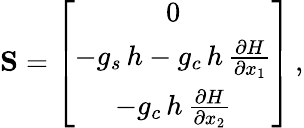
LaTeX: {\mathbf S}=\left[\begin{array}{c}{0}\\ {-g_{s}\, {h}-g_{c}\, {h}\, \frac{\partial{H}}{\partial{x}_{1}}}\\ {-g_{c}\, {h}\, \frac{\partial{H}}{\partial{x}_{2}}}\end{array}\right]\, ,